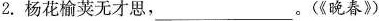
2.杨花榆荚无才思，___。(《晚春》)